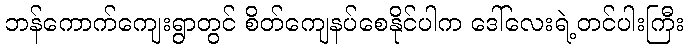
ဘန်ကောက်ကျေးရွာတွင် စိတ်ကျေနပ်စေနိုင်ပါက ဒေါ်လေးရဲ့တင်ပါးကြီး